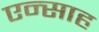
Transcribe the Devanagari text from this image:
एन्साह